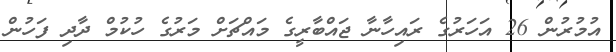
އުމުރުން 26 އަހަރުގެ ރައިހާނާ ޖައްބާރީގެ މައްޗަށް މަރުގެ ހުކުމް ދާދި ފަހުން